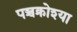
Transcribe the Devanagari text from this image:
पञ्चक्रोश्या